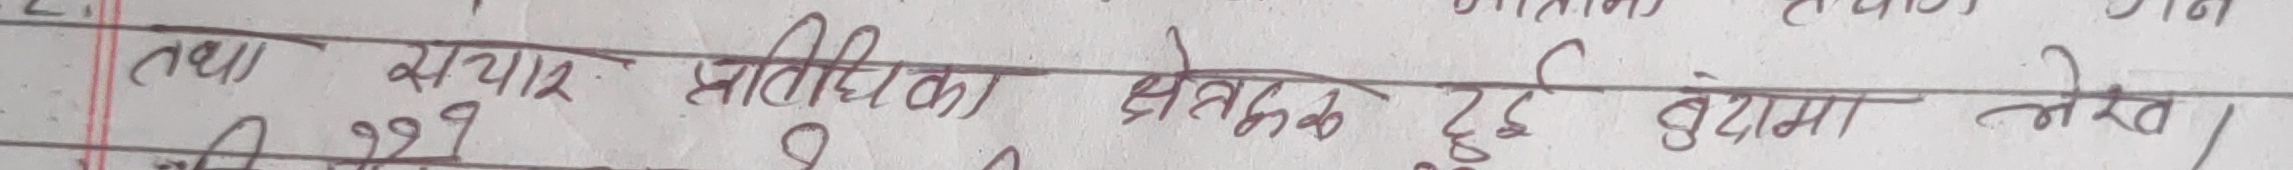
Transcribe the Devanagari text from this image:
तथा सञ्चार प्रविधिको क्षेत्रक दुई बेमा लेख।